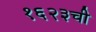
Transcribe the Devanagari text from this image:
१६२३ची